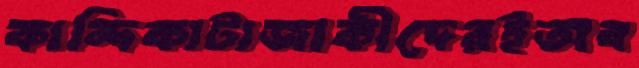
কান্দিকাটাজাকীদেরইঅব